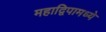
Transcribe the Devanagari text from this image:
महाद्विपामध्ये